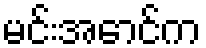
မင်းအောင်က